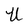
Character: u